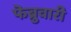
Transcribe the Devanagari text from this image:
फॆब्रुवारी